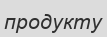
продукту